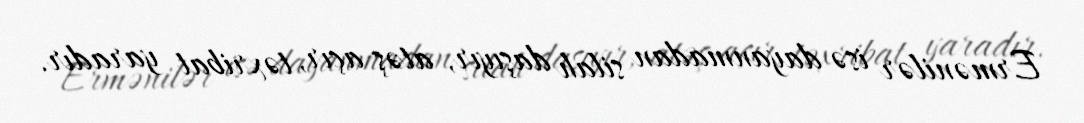
Ermənilər isə dayanmadan silah daşıyır, atəş açır, təxribat yaradır.